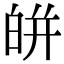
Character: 皏